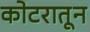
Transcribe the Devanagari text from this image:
कोटरातून